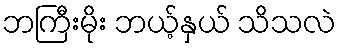
ဘကြီးမိုး ဘယ့်နှယ် သိသလဲ